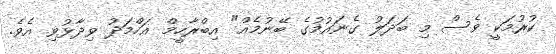
ކުރުމަކީ ވެސް މި ބަދަލު ގެނައުމުގެ ބޭނުމެއް" އިބްރާހީމް އަހްމަދު ވިދާޅުވި އެވެ.